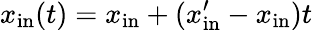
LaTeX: x_{\mathrm{in}}(t)=x_{\mathrm{in}}+(x_{\mathrm{in}}^{\prime}-x_{\mathrm{in}})t